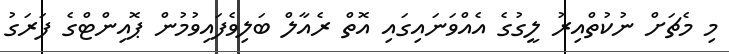
މި މެޗަށް ނުކުތްއިރު ލީގުގެ އެއްވަނައިގައި އޮތް ރެއާލް ބަލިވެފައިވުމުން ޕޮއިންޓްގެ ފަރަގު